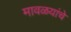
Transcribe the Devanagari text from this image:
मावळयांचे